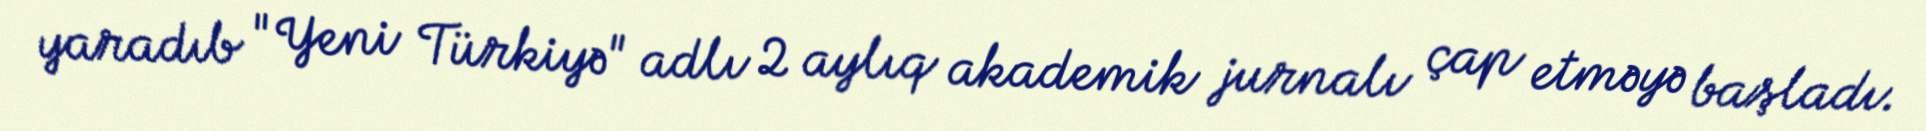
yaradıb "Yeni Türkiyə" adlı 2 aylıq akademik jurnalı çap etməyə başladı.